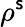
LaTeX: \rho^{\mathsf{s}}